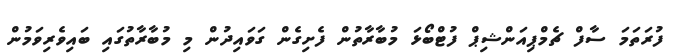
ފުރަތަމަ ސާފް ޗެމްޕިއަންޝިޕް ފުޓްބޯޅަ މުބާރާތުން ފެށިގެން ގަވައިދުން މި މުބާރާތުގައި ބައިވެރިވަމުން